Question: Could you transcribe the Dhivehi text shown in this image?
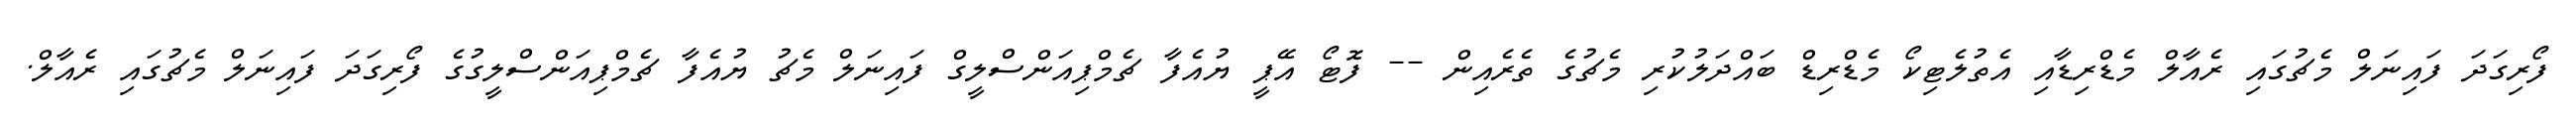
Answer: ފޯރިގަދަ ފައިނަލް މެޗުގައި ރެއާލް މެޑްރިޑާއި އެތުލެޓިކޯ މެޑްރިޑް ބައްދަލުކުރި މެޗުގެ ތެރެއިން -- ފޮޓޯ އޭޕީ ޔުއެފާ ޗެމްޕިއަންސްލީގް ފައިނަލް މެޗު ޔުއެފާ ޗެމްޕިއަންސްލީގުގެ ފޯރިގަދަ ފައިނަލް މެޗުގައި ރެއާލް.